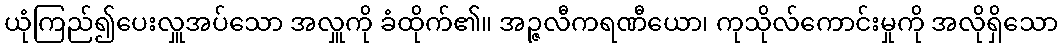
ယုံကြည်၍ပေးလှူအပ်သော အလှူကို ခံထိုက်၏။ အဉ္ဇလီကရဏီယော၊ ကုသိုလ်ကောင်းမှုကို အလိုရှိသော